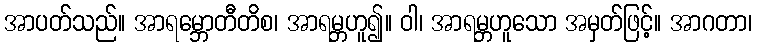
အာပတ်သည်။ အာရမ္ဘောတီတိစ၊ အာရမ္ဘဟူ၍။ ဝါ၊ အာရမ္ဘဟူသော အမှတ်ဖြင့်။ အာဂတာ၊